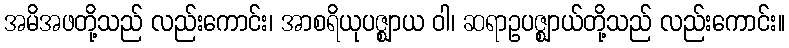
အမိအဖတို့သည် လည်းကောင်း၊ အာစရိယုပဇ္ဈာယ ဝါ၊ ဆရာဥပဇ္ဈာယ်တို့သည် လည်းကောင်း။